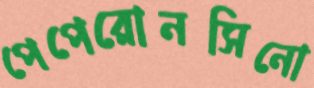
পেপেরোনসিনো